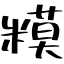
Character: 糢